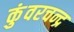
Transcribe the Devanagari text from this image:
कुंवरचन्द्र